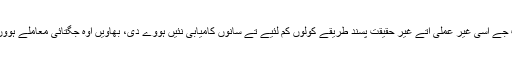
ایس دے اُلٹ جے اسی غیر عملی اتے غیر حقیقت پسند طریقے کولوں کم لئیے تے سانوں کامیابی نئیں ہووے دی، بھاویں اوہ جگتائی معاملے ہوون یا روحانی۔